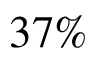
3 7 \%